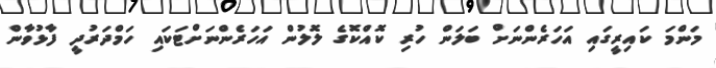
މަންމަ ކައިރީގައި އަހަރެންނަށް ބަލަން ހުރި ކޮއްކޮގެ ލޮލުން އަހަރެންނަށްޓަކައި ހަމްދަރުދީ ފާޅުވާން